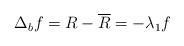
LaTeX: \begin{align*}\begin{array}[c]{l}\Delta_{b}f=R-\overline{R}=-\lambda_{1}f\end{array}\end{align*}